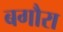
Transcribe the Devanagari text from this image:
बगौरा